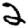
Digit: 2